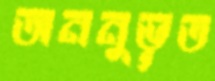
অননুভূত